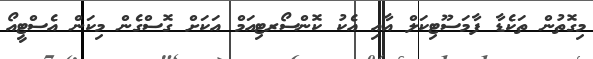
މިގޮތުން ތަކެޑާ ފާމަސޫޓިކަލް އާއި އެކު ކޮންސޯރޓިއަމް އަކަށް ގޮސްގެން މިކަން އެސްޓީއޯ